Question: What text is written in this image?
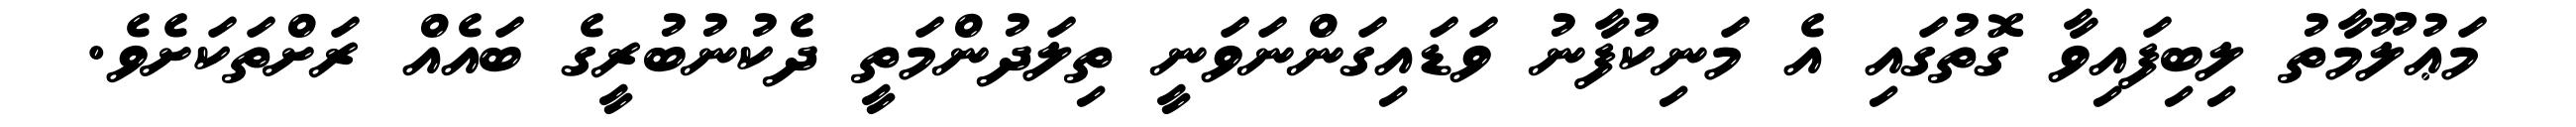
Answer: މަޢުލޫމާތު ލިބިފައިވާ ގޮތުގައި އެ މަނިކުފާނު ވަޑައިގަންނަވަނީ ތިލަދުންމަތީ ދެކުނުބުރީގެ ބައެއް ރަށްތަކަށެވެ.